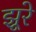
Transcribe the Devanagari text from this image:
झूरे